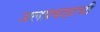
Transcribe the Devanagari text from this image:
जलप्रवाहाची